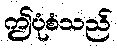
ဤပုံစံသည်